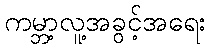
ကမ္ဘာ့လူ့အခွင့်အရေး